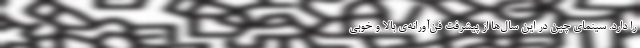
را دارد. سینمای چین در این سال‌ها از پیشرفت فن‌آورانه‌ی بالا و خوبی